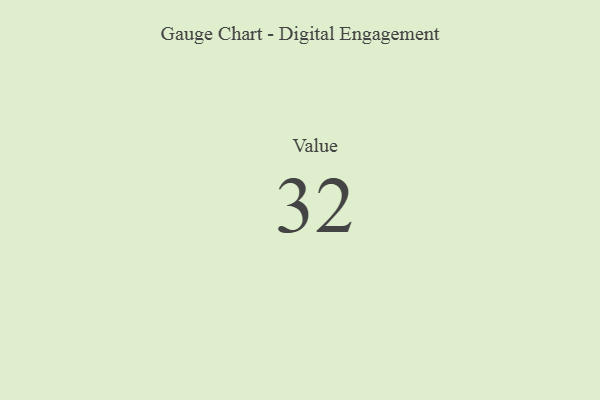
{"axis": {"x": "Metric", "y": "Value"}, "legend": [""], "data": [{"x": "Value", "y": 32, "type": ""}]}